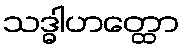
သဒ္ဓါဟတ္ထော